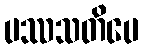
ပဿသတိပေ